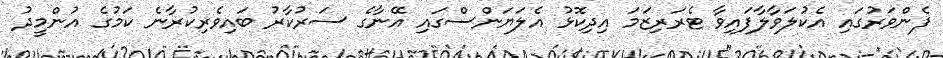
ފެންވަރުގައި އެކުލަވާލާފައިވާ ޓެރަރިޒަމަ އިދިކޮޅު އެލަޔަންސްގައި އޭނާގެ ސަރުކާރު ބައިވެރިކުރާނެ ކަމުގެ އުންމީދު